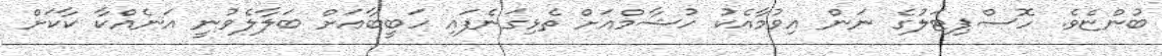
ބުންޏެވެ. ހޮސްޕިޓަލުގެ ނަން އިވުމާއެކު ހުޝާމްއަށް ތެޅިގަނެފައި ހަބީބާއަށް ބަލާލެވުނީ އަނެއްކާ ކާކަށް